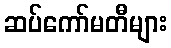
ဆပ်ကော်မတီများ